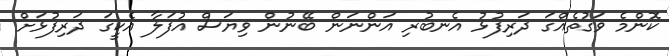
ކޮންމެ ވަގުތެއްގަ ދަރިފުޅު އެނބުރި އަންނަން ބޭނުން ވިޔަސް އުފަލާ އެކީގަ ދަރިފުޅަށް